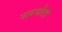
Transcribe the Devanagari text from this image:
सरसोटा